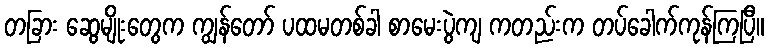
တခြား ဆွေမျိုးတွေက ကျွန်တော် ပထမတစ်ခါ စာမေးပွဲကျ ကတည်းက တပ်ခေါက်ကုန်ကြပြီ။